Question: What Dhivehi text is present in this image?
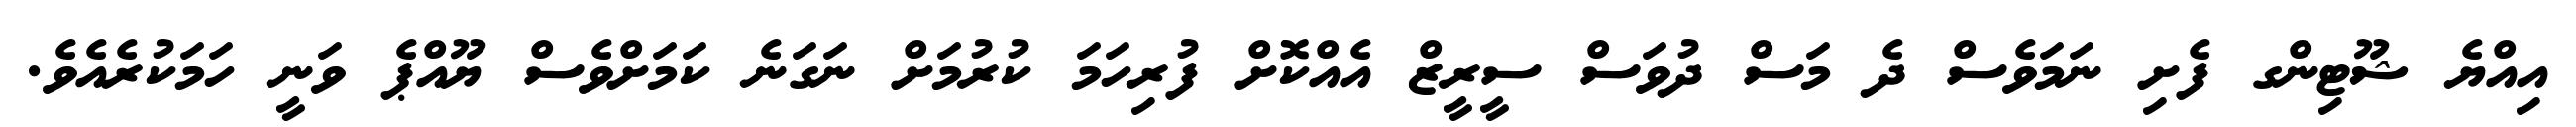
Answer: އިއްޔެ ޝޫޓިންގ ފެށި ނަމަވެސް ދެ މަސް ދުވަސް ސީރީޒް އެއްކޮށް ފުރިހަމަ ކުރުމަށް ނަގަނެ ކަމަށްވެސް ޔޫއްޕެ ވަނީ ހަމަކުރެއެވެ.